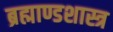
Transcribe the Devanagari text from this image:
ब्रह्माण्डशास्त्र